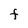
Character: F